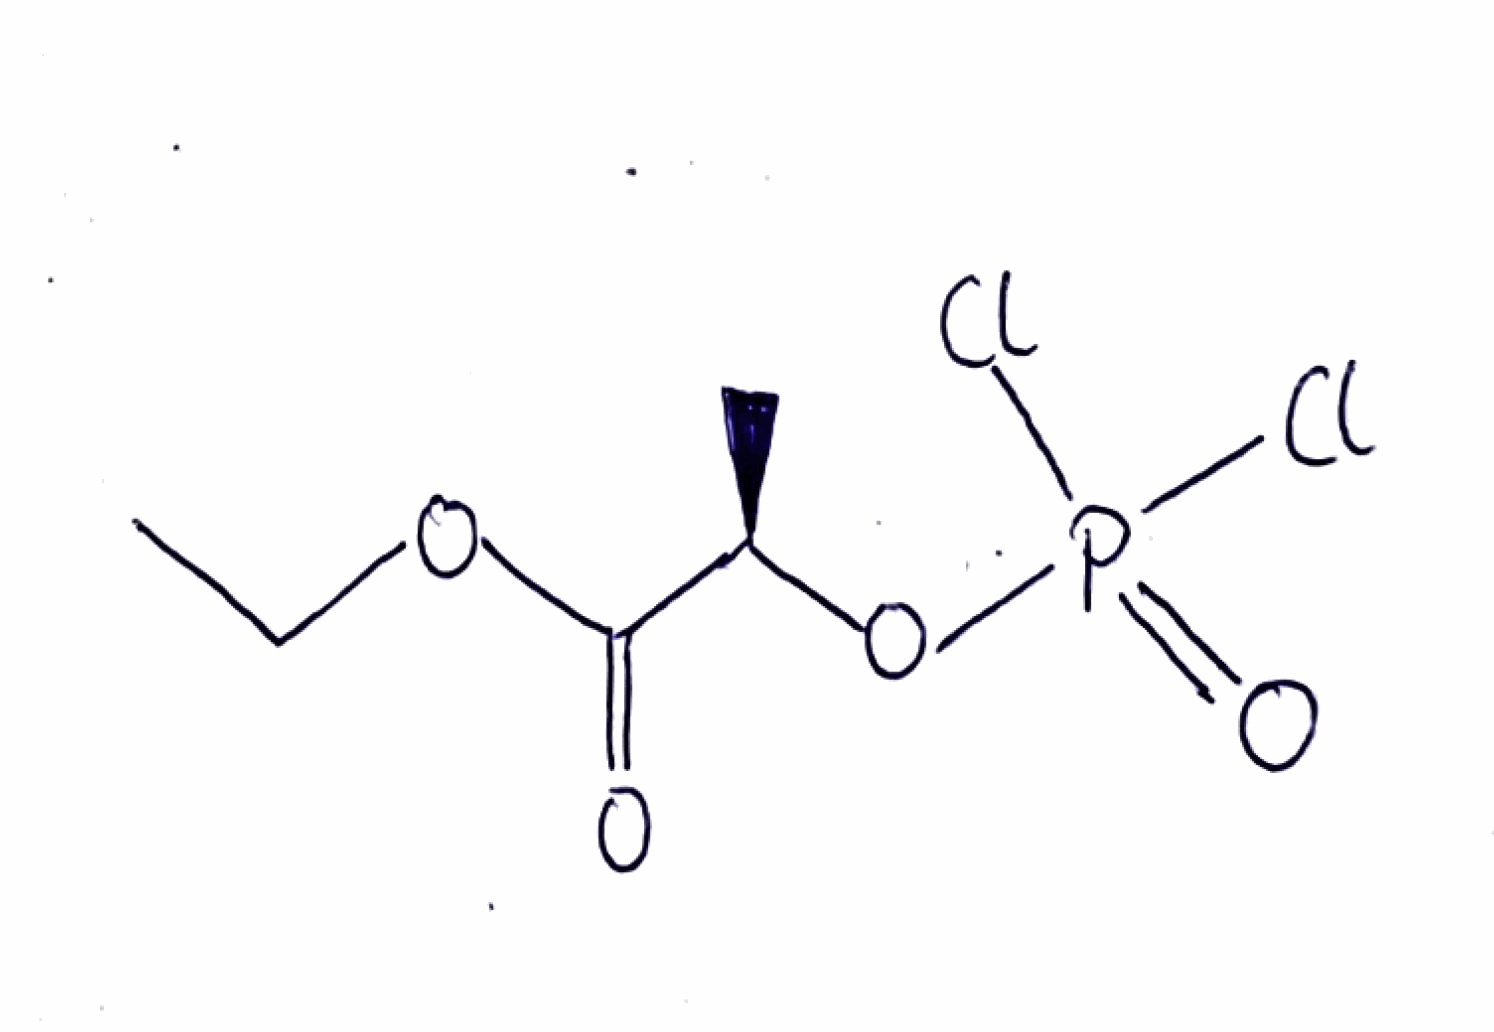
Simplified molecular-input line-entry system (SMILES) notation of the given molecule:
CCOC(=O)[C@@H](C)OP(=O)(Cl)Cl